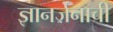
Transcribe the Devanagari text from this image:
ज्ञानर्जनाची